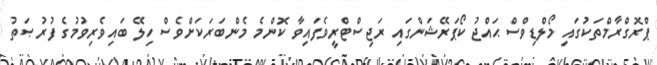
ޕްރޮގްރާމްތަކުގައި މޯލްޑިވްސް ޙައްޖު ކޯޕަރޭޝަންގައި ރަޖިސްޓްރީވެފައިވާ ކޮންމެ މެންބަރަކަށްވެސް ހިލޭ ބައިވެރިވުމުގެ ފުރުޞަތު